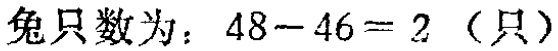
兔只数为：\(48 - 46 = 2\)（只）